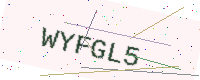
Text: WYFGL5